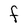
Character: F